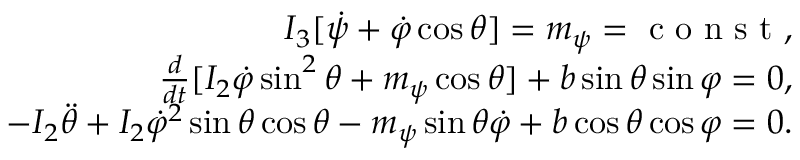
\begin{array} { r } { I _ { 3 } [ \dot { \psi } + \dot { \varphi } \cos \theta ] = m _ { \psi } = \mathrm { ~ c ~ o ~ n ~ s ~ t ~ } , } \\ { \frac { d } { d t } [ I _ { 2 } \dot { \varphi } \sin ^ { 2 } \theta + m _ { \psi } \cos \theta ] + b \sin \theta \sin \varphi = 0 , } \\ { - I _ { 2 } \ddot { \theta } + I _ { 2 } \dot { \varphi } ^ { 2 } \sin \theta \cos \theta - m _ { \psi } \sin \theta \dot { \varphi } + b \cos \theta \cos \varphi = 0 . } \end{array}